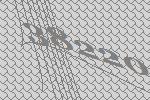
38220